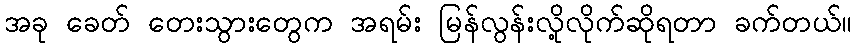
အခု ခေတ် တေးသွားတွေက အရမ်း မြန်လွန်းလို့လိုက်ဆိုရတာ ခက်တယ်။